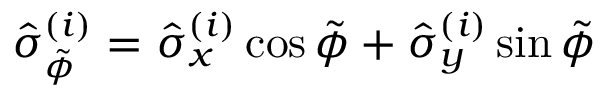
\hat { \sigma } _ { \tilde { \phi } } ^ { ( i ) } = \hat { \sigma } _ { x } ^ { ( i ) } \cos \tilde { \phi } + \hat { \sigma } _ { y } ^ { ( i ) } \sin \tilde { \phi }